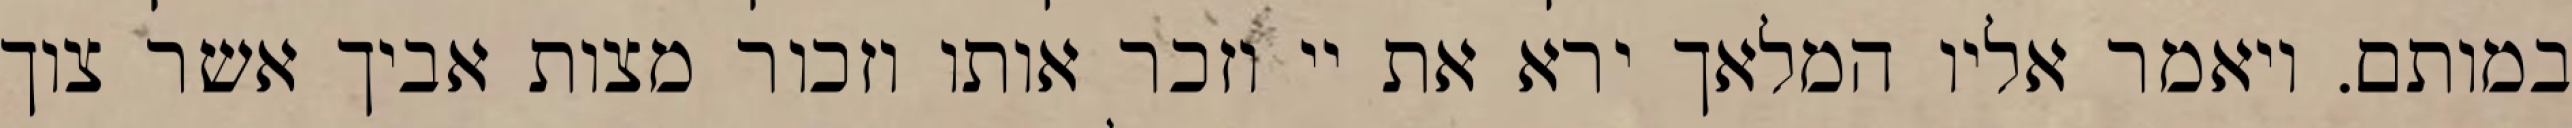
במותם. ויאמר אליו המלאך ירא את יי וזכר אותו וזכור מצות אביך אשר צוך